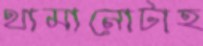
থামানোটাহ